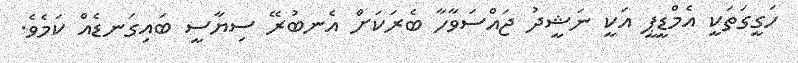
ހަގީގަތަކީ އެމްޑީޕީ އަކީ ނަޝީދު ޖައްސަވާހާ ބެރަކަށް އެނބުރޭ ސިޔާސީ ބައިގަނޑެއް ކަމެވެ.